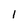
Character: 1